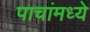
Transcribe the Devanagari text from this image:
पाचांमध्ये